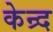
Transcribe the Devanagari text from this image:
केन्र्द